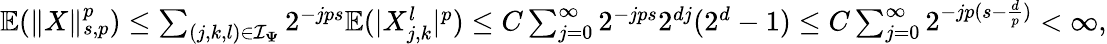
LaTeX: \begin{array}{r}{\mathbb{E}(\| X\| _{s,p}^{p})\le\sum_{(j,k,l)\in\mathbf{\mathcal{I}_{\Psi}}}2^{-jps}\mathbb{E}(|X_{j,k}^{l}|^{p})\le C\sum_{j=0}^{\infty}2^{-jps}2^{dj}(2^{d}-1)\le C\sum_{j=0}^{\infty}2^{-jp(s-\frac{d}{p})}<\infty,}\end{array}